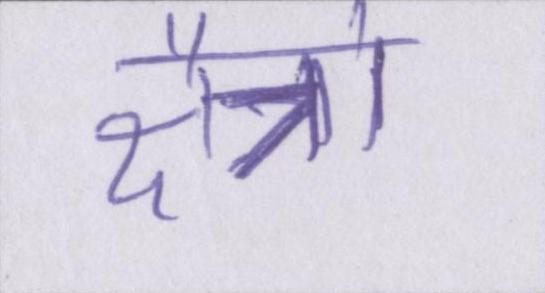
क्षैत्रो